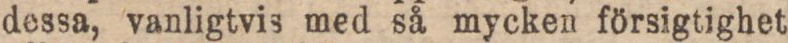
dessa, vanligtvis med så mycken försigtighet